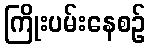
ကြိုးပမ်းနေစဉ်